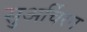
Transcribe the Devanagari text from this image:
सुअर्चिरन